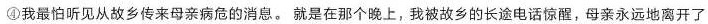
④我最怕听见从故乡传来母亲病危的消息。就是在那个晚上，我被故乡的长途电话惊醒，母亲永远地离开了